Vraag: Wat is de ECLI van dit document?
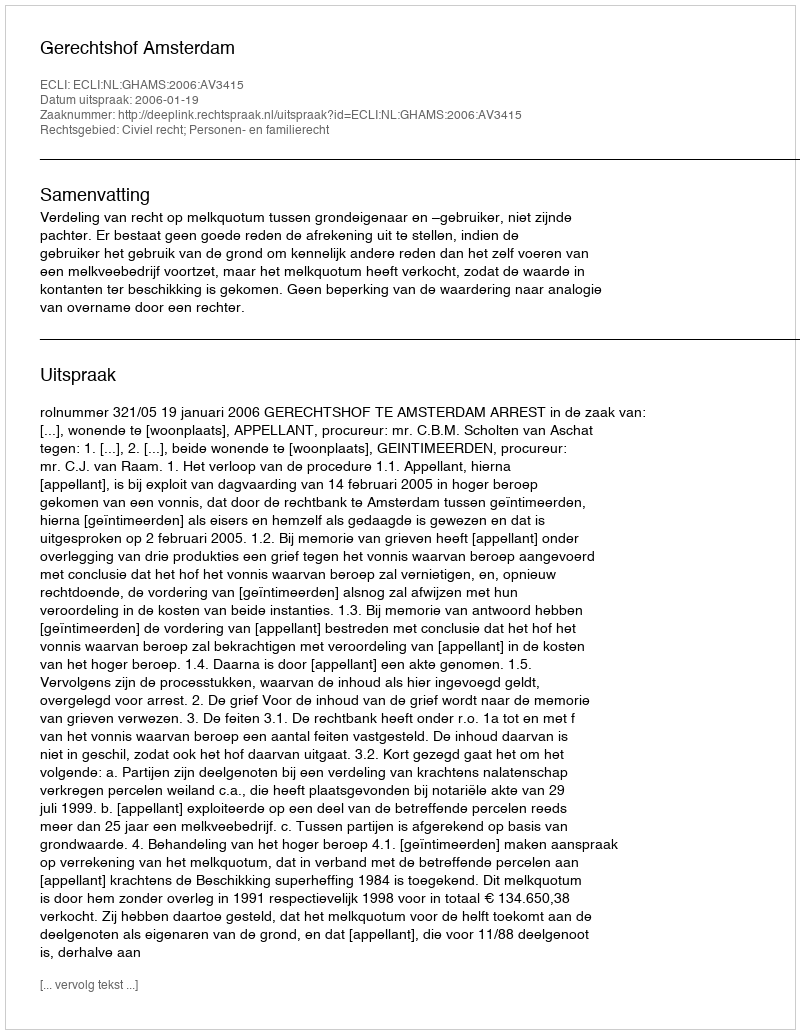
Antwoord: ECLI:NL:GHAMS:2006:AV3415